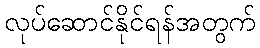
လုပ်ဆောင်နိုင်ရန်အတွက်